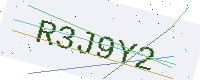
Text: R3J9Y2